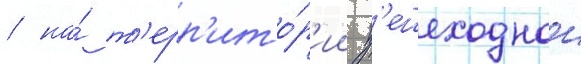
/ на́ т'ерр'ито́р'ии п'ешеходнои